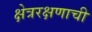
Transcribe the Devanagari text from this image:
क्षेत्ररक्षणाची